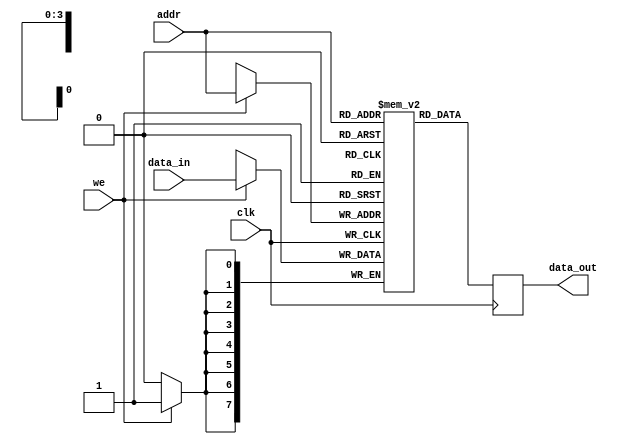
module parameterized_ram #(
    parameter DATA_WIDTH = 8,  // Width of the data bus
    parameter ADDR_WIDTH = 4    // Width of the address bus
) (
    input wire clk,                     // Clock signal
    input wire we,                      // Write enable signal
    input wire [ADDR_WIDTH-1:0] addr,  // Address input
    input wire [DATA_WIDTH-1:0] data_in,// Input data bus
    output reg [DATA_WIDTH-1:0] data_out // Output data bus
);

    // Memory array declaration
    reg [DATA_WIDTH-1:0] ram [0:(2**ADDR_WIDTH)-1];

    // Synchronous read/write operation
    always @(posedge clk) begin
        if (we) begin
            // Write operation
            ram[addr] <= data_in; // Non-blocking assignment for writing
        end
        // Read operation
        data_out <= ram[addr]; // Non-blocking assignment for reading
    end

    // Optional: Asynchronous reset logic (uncomment if needed)
    /*
    input wire rst, // Asynchronous reset signal
    always @(posedge clk or posedge rst) begin
        if (rst) begin
            integer i;
            for (i = 0; i < (2**ADDR_WIDTH); i = i + 1) begin
                ram[i] <= {DATA_WIDTH{1'b0}}; // Initialize memory to zero
            end
        end else begin
            if (we) begin
                ram[addr] <= data_in; // Non-blocking assignment for writing
            end
            data_out <= ram[addr]; // Non-blocking assignment for reading
        end
    end
    */

endmodule